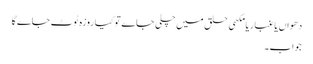
دھواں یا غبار یا مکھی حلق میں چلی جاے تو کیا روزہ ٹوٹ جاے گا
جواب۔